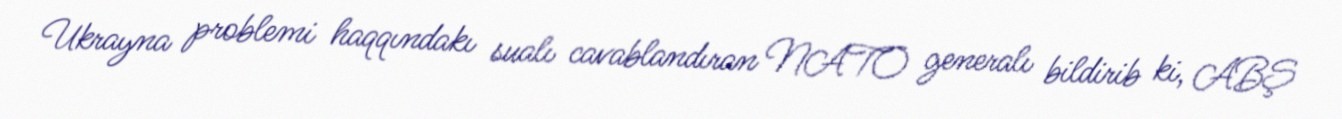
Ukrayna problemi haqqındakı sualı cavablandıran NATO generalı bildirib ki, ABŞ